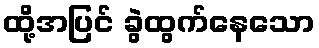
ထို့အပြင် ခွဲထွက်နေသော